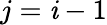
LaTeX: j=\mathit{i}-1